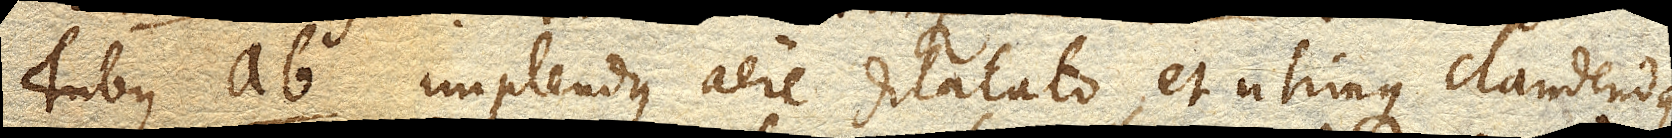
Tubus ab. implendus aere dilatato, et utrinque claudendus